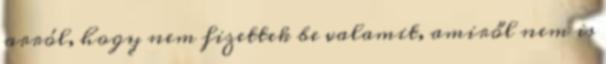
arról, hogy nem fizettek be valamit, amiről nem is